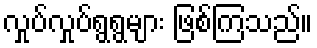
လှုပ်လှုပ်ရွရွများ ဖြစ်ကြသည်။